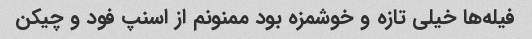
فیله‌ها خیلی تازه و خوشمزه بود ممنونم از اسنپ فود و چیکن